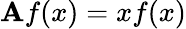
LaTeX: \mathbf{A}f(x)=xf(x)